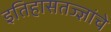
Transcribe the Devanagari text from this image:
इतिहासतज्ज्ञांचे